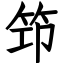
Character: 笻